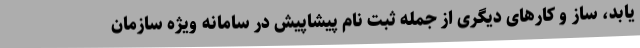
یابد، ساز و کارهای دیگری از جمله ثبت نام پیشاپیش در سامانه ویژه سازمان